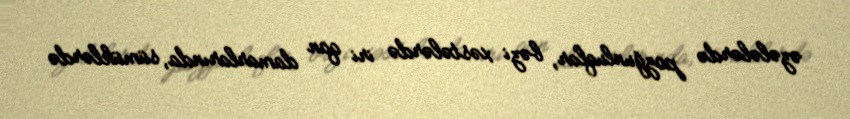
əzələlərdə pozğunluqlar, bəzi xəstələrdə iri qan damarlarında, sümüklərdə